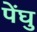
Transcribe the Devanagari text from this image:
पेंघु